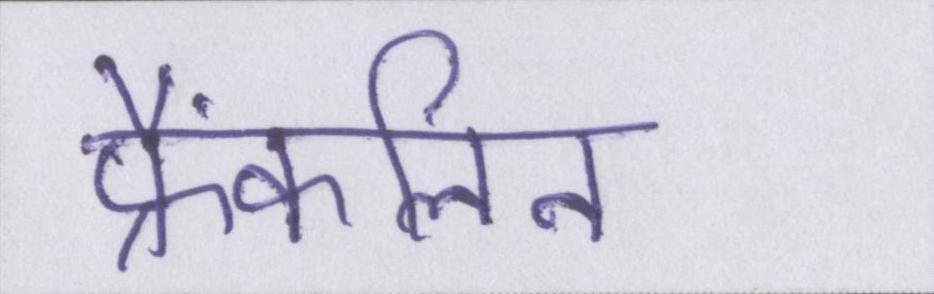
फ्रैंकलिन